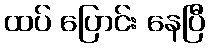
ထပ် ပြောင်း နေပြီ